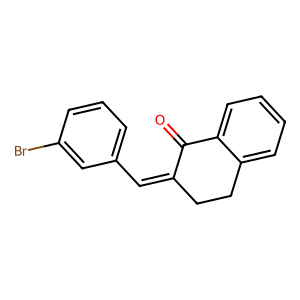
SMILES: O=C1C(=Cc2cccc(Br)c2)CCc2ccccc21
Inhibits HIV replication: No